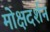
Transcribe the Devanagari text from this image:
मोक्षदर्शन